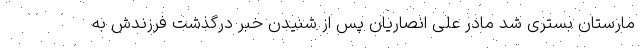
مارستان بستری شد مادر علی انصاریان پس از شنیدن خبر درگذشت فرزندش به